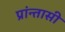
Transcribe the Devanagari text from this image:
प्रांन्तासी